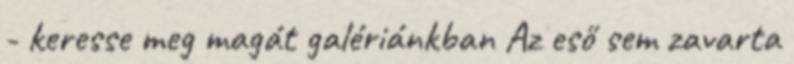
- keresse meg magát galériánkban Az eső sem zavarta